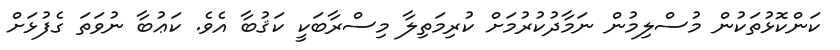
ކަންކޮޅުތަކުން މުސްލިމުން ނަމާދުކުރުމަށް ކުރިމަތިލާ މިސްރާބަކީ ކަޤުބާ އެވެ. ކަޢުބާ ނުވަތަ ގެފުޅަށް